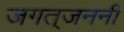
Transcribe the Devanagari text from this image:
जगत्‌जननी